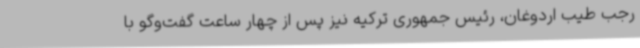
رجب طیب اردوغان، رئیس جمهوری ترکیه نیز پس از چهار ساعت گفت‌وگو با